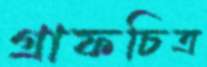
গ্রাফচিত্র